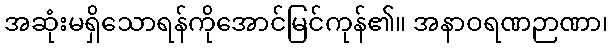
အဆုံးမရှိသောရန်ကိုအောင်မြင်ကုန်၏။ အနာဝရဏဉာဏာ၊